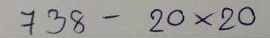
738 - 20 x 20